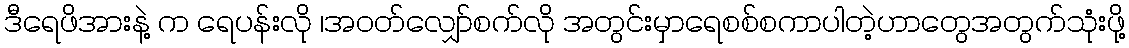
ဒီရေဖိအားနဲ့ က ရေပန်းလို ၊အဝတ်လျှော်စက်လို အတွင်းမှာရေစစ်စကာပါတဲ့ဟာတွေအတွက်သုံးဖို့